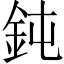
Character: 鈍